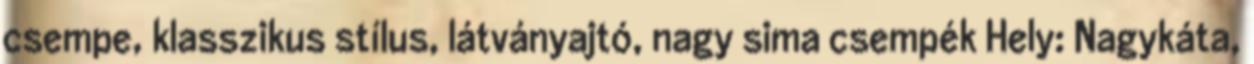
csempe, klasszikus stílus, látványajtó, nagy sima csempék Hely: Nagykáta,